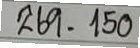
269 = 150